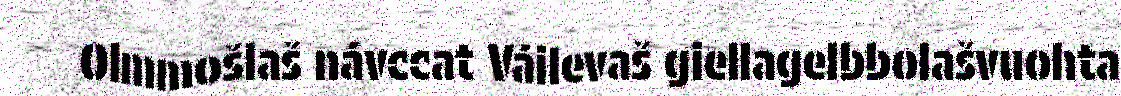
Olmmošlaš návccat Váilevaš giellagelbbolašvuohta